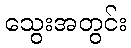
သွေးအတွင်း